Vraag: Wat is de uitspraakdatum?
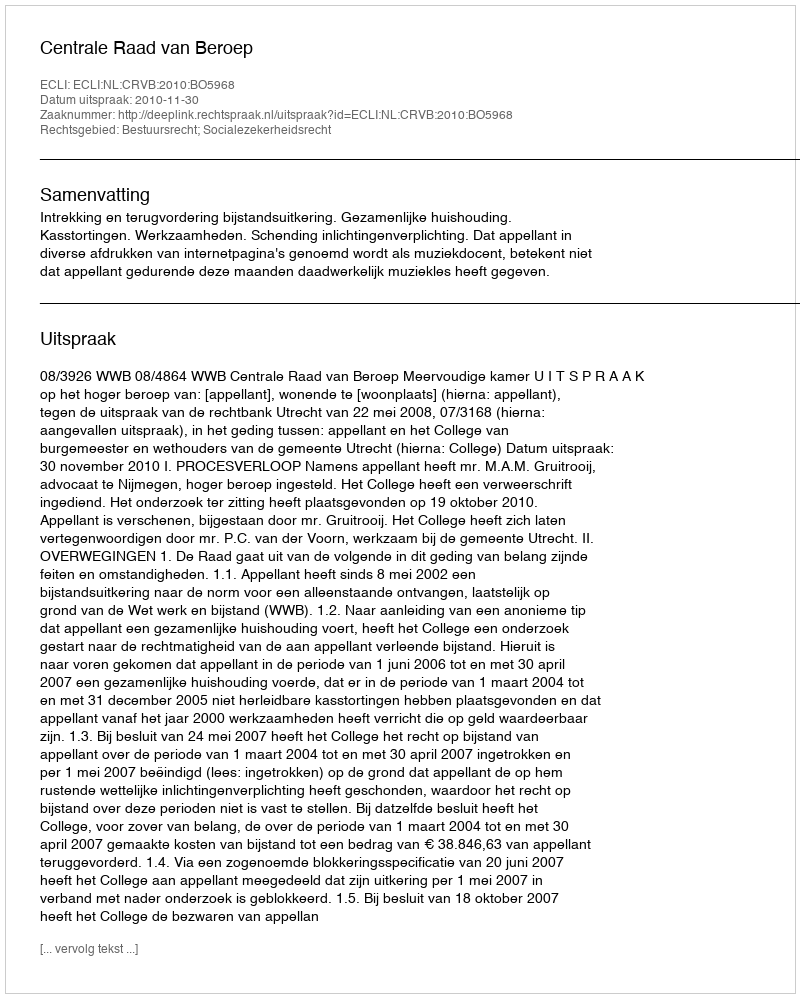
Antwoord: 2010-11-30